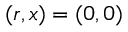
( r , x ) = ( 0 , 0 )